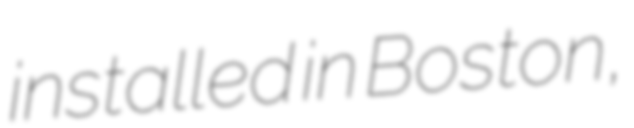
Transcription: installed in Boston,